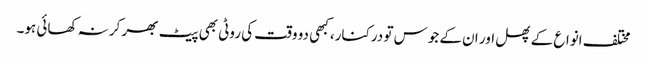
مختلف انواع کے پھل اور ان کے جوس تو درکنار، کبھی دو وقت کی روٹی بھی پیٹ بھر کر نہ کھائی ہو۔